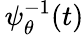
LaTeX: \, \psi_{\theta}^{-1}(t)